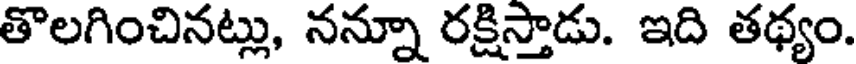
తొలగించినట్లు, నన్నూ రక్షిస్తాడు. ఇది తథ్యం.